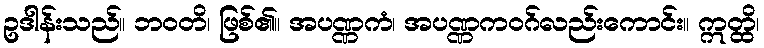
ဥဒါန်းသည်။ ဘဝတိ၊ ဖြစ်၏။ အပဏ္ဏကံ၊ အပဏ္ဏကဝဂ်လည်းကောင်း။ ဣတ္ထိ၊